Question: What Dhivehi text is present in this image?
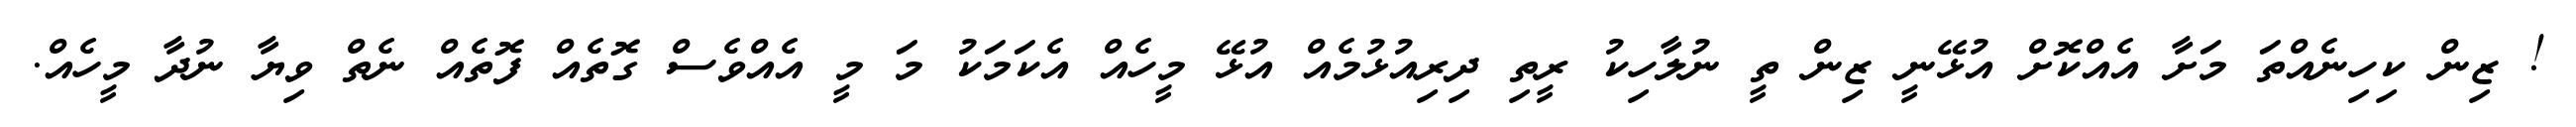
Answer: ! ޒިން ކިހިނެއްތަ މަށާ އެއްކޮށް އުޅޭނީ ޒިން ތީ ނުލާހިކު ރީތި ދިރިއުޅުމެއް އުޅޭ މީހެއް އެކަމަކު މަ މީ އެއްވެސް ގޮތެއް ފޮތެއް ނެތް ވިޔާ ނުދާ މީހެއް.